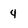
Character: 4